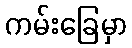
ကမ်းခြေမှာ